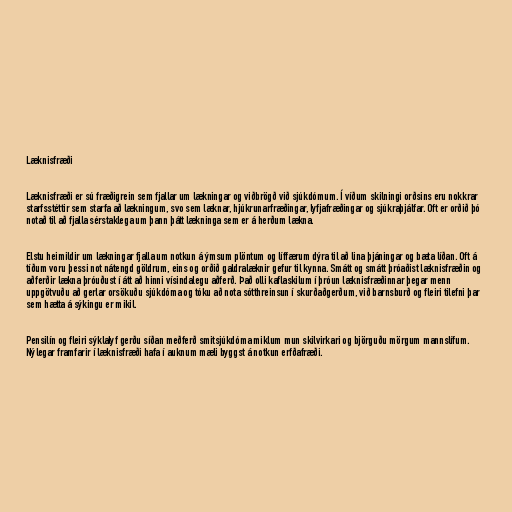
Læknisfræði

Læknisfræði er sú fræðigrein sem fjallar um lækningar og viðbrögð við sjúkdómum. Í víðum skilningi orðsins eru nokkrar
starfsstéttir sem starfa að lækningum, svo sem læknar, hjúkrunarfræðingar, lyfjafræðingar og sjúkraþjálfar. Oft er orðið þó
notað til að fjalla sérstaklega um þann þátt lækninga sem er á herðum lækna.

Elstu heimildir um lækningar fjalla um notkun á ýmsum plöntum og líffærum dýra til að lina þjáningar og bæta líðan. Oft á
tíðum voru þessi not nátengd göldrum, eins og orðið galdralæknir gefur til kynna. Smátt og smátt þróaðist læknisfræðin og
aðferðir lækna þróuðust í átt að hinni vísindalegu aðferð. Það olli kaflaskilum í þróun læknisfræðinnar þegar menn
uppgötvuðu að gerlar orsökuðu sjúkdóma og tóku að nota sótthreinsun í skurðaðgerðum, við barnsburð og fleiri tilefni þar
sem hætta á sýkingu er mikil.

Pensilín og fleiri sýklalyf gerðu síðan meðferð smitsjúkdóma miklum mun skilvirkari og björguðu mörgum mannslífum.
Nýlegar framfarir í læknisfræði hafa í auknum mæli byggst á notkun erfðafræði.